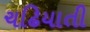
ચઢિયાતી